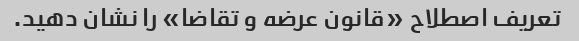
تعریف اصطلاح «قانون عرضه و تقاضا» را نشان دهید.